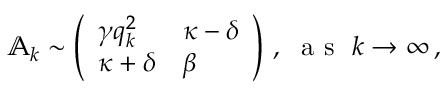
\begin{array} { r } { \mathbb { A } _ { k } \sim \left( \begin{array} { l l } { \gamma q _ { k } ^ { 2 } } & { \kappa - \delta } \\ { \kappa + \delta } & { \beta } \end{array} \right) \, , ~ \mathrm { ~ a ~ s ~ } ~ k \rightarrow \infty \, , } \end{array}